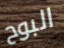
البوح